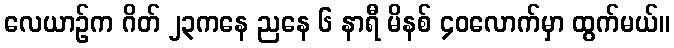
လေယာဉ်က ဂိတ် ၂၃ကနေ ညနေ ၆ နာရီ မိနစ် ၄၀လောက်မှာ ထွက်မယ်။